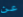
عن